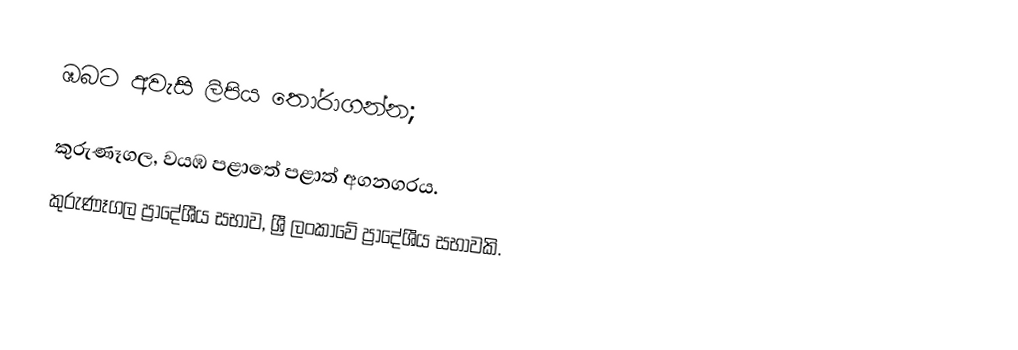
ඹබට අවැසි ලිපිය තෝරාගන්න;

 කුරුණෑගල, වයඹ පළාතේ පළාත් අගනගරය.
 කුරුණෑගල ප්‍රාදේශීය ස﻿භාව, ශ්‍රී ලංකාවේ ප්‍රාදේශීය සභාවකි.